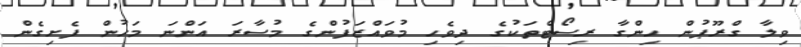
ވިލާ ގްރޫޕުން ހިންގާ ރިސޯޓްތަކުގެ ދިވެހި މުވައްޒަފުންގެ މުސާރަ އަންނަ މަހުން ފެށިގެން